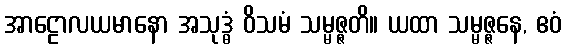
အာဠောလယမာနော အသုဒ္ဓံ ဝိသမံ သမ္မဇ္ဇတိ။ ယထာ သမ္မဇ္ဇနေ, ဧဝံ